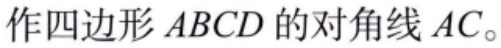
作四边形 \(ABCD\) 的对角线 \(AC\)。